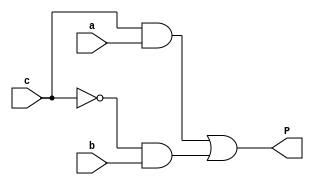
`timescale 1ns / 1ps
//////////////////////////////////////////////////////////////////////////////////
// Company: Linkedin Learning
// 
// Design Name: 
// Module Name: is_prime_boolean
// Project Name: 
// Target Devices: 
// Tool Versions: 
// Description: 
// program of prime number using continuous assignment method (assign keyword)
// Dependencies: 
// 
// Revision:
// Revision 0.01 - File Created
// Additional Comments:
// 
//////////////////////////////////////////////////////////////////////////////////
module is_prime_boolean (
    input c,
    input b,
    input a,
    output P
);
    assign P = (c & a) | (~c & b);
endmodule